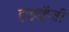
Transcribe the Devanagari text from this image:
हाइड्रॉप्सी